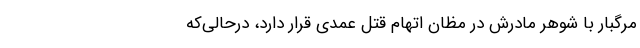
مرگبار با شوهرِ مادرش در مظان اتهام قتل عمدی قرار دارد، درحالی‌که